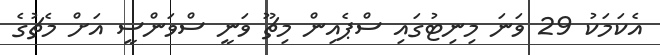
އެކަމަކު 29 ވަނަ މިނިޓުގައި ސްޕެއިން މިޗޫ ވަނީ ސްވަންސީ އަށް މެޗުގެ